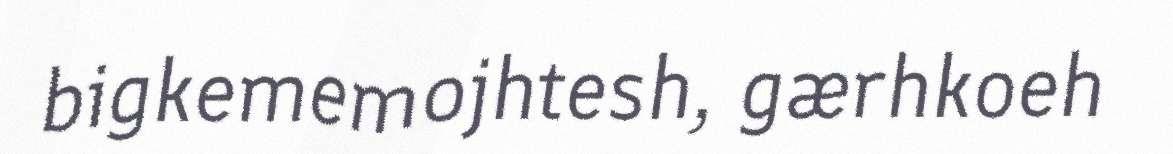
bigkememojhtesh, gærhkoeh